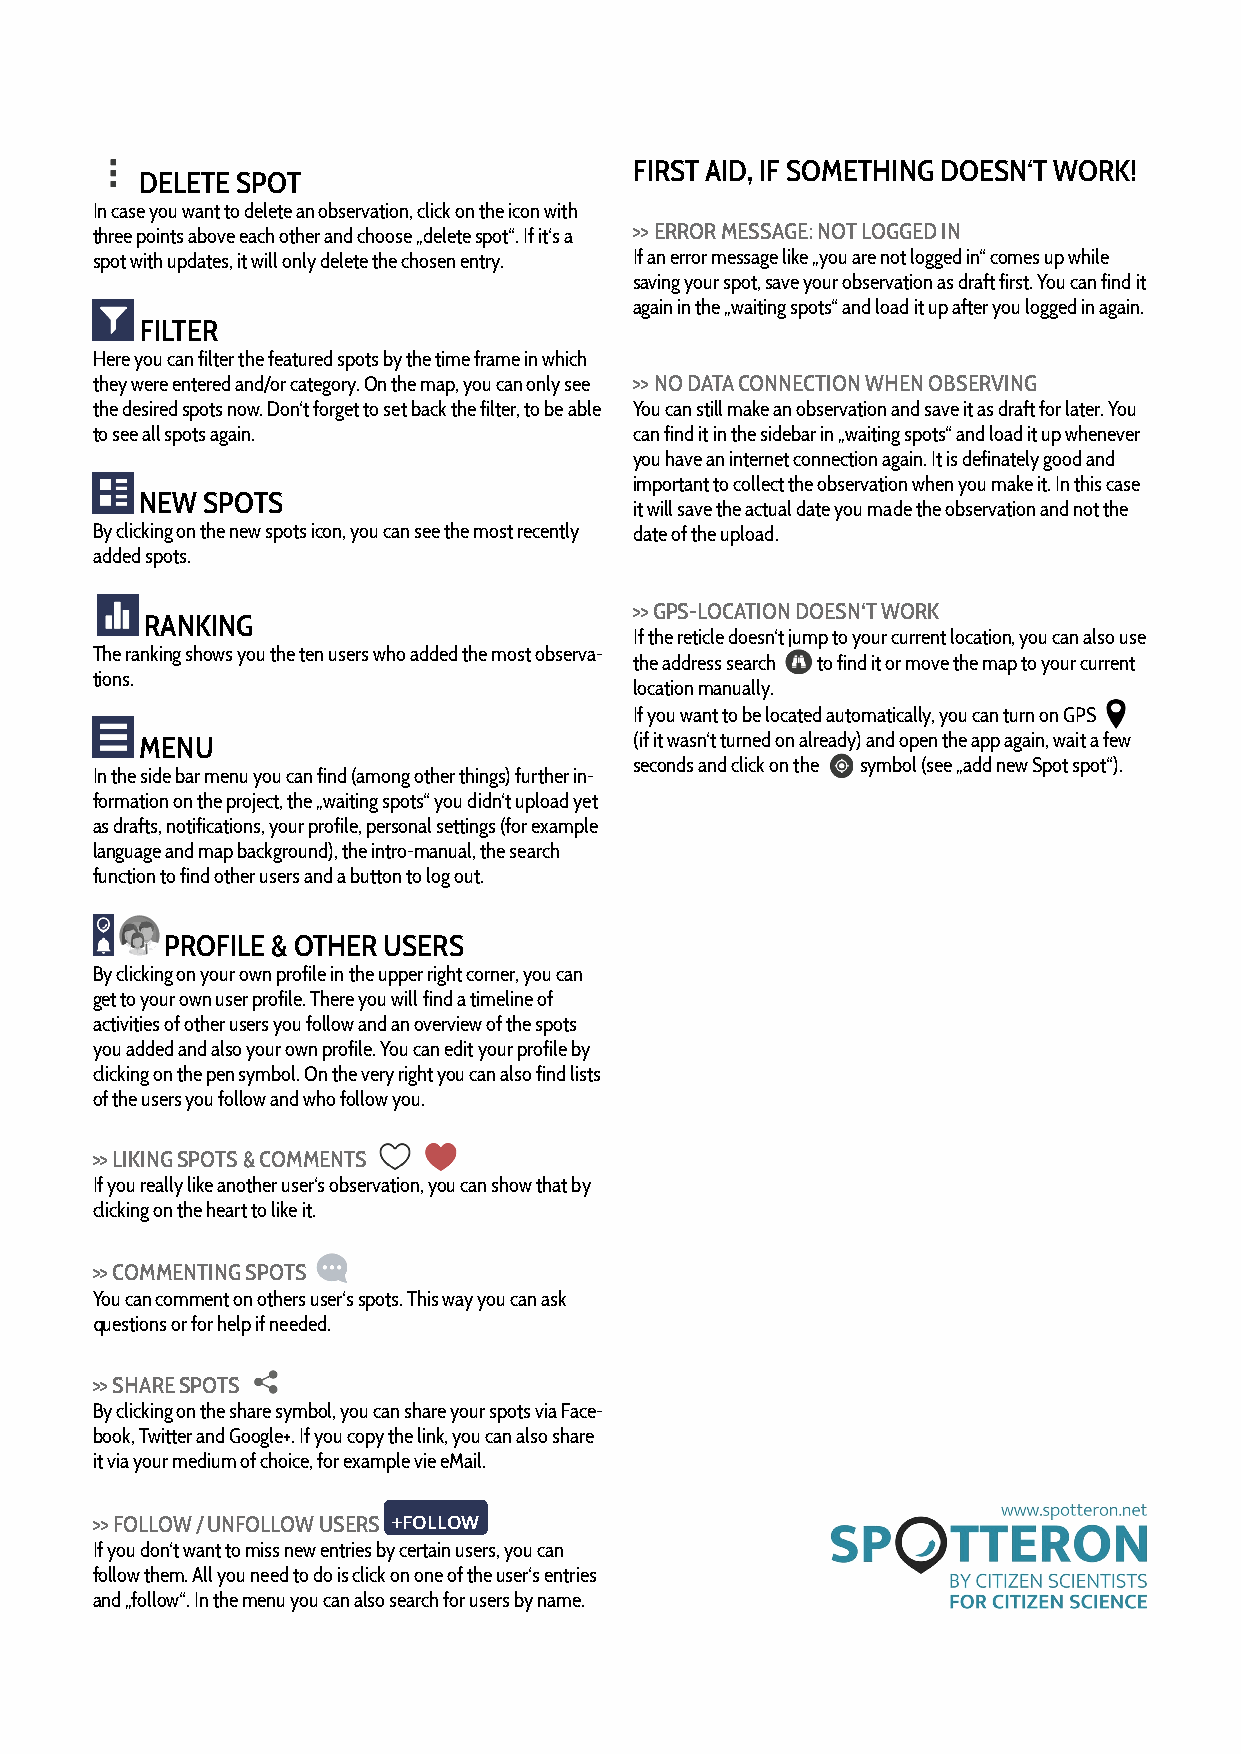
FIRST AID, IF SOMETHING DOESN‘T WORK!
 DELETE SPOT
 In case you want to delete an observation, click on the icon with
 three points above each other and choose „delete spot“. If it‘s a >> ERROR MESSAGE: NOT LOGGED IN
 spot with updates, it will only delete the chosen entry. If an error message like „you are not logged in“ comes up while
 saving your spot, save your observation as draft first. You can find it
 again in the „waiting spots“ and load it up after you logged in again.
 FILTER
 Here you can filter the featured spots by the time frame in which
 they were entered and/or category. On the map, you can only see >> NO DATA CONNECTION WHEN OBSERVING
 the desired spots now. Don‘t forget to set back the filter, to be able You can still make an observation and save it as draft for later. You
 to see all spots again.             can find it in the sidebar in „waiting spots“ and load it up whenever
 you have an internet connection again. It is definately good and
 important to collect the observation when you make it. In this case
 NEW SPOTS
 it will save the actual date you made the observation and not the
 By clicking on the new spots icon, you can see the most recently date of the upload.
 added spots.
 >> GPS-LOCATION DOESN‘T WORK
 RANKING
 If the reticle doesn‘t jump to your current location, you can also use
 The ranking shows you the ten users who added the most observa-
 the address search to find it or move the map to your current
 tions.
 location manually.
 If you want to be located automatically, you can turn on GPS
 MENU                             (if it wasn‘t turned on already) and open the app again, wait a few
 seconds and click on the symbol (see „add new Spot spot“).
 In the side bar menu you can find (among other things) further in-
 formation on the project, the „waiting spots“ you didn‘t upload yet
 as drafts, notifications, your profile, personal settings (for example
 language and map background), the intro-manual, the search
 function to find other users and a button to log out.
 PROFILE & OTHER USERS
 By clicking on your own profile in the upper right corner, you can
 get to your own user profile. There you will find a timeline of
 activities of other users you follow and an overview of the spots
 you added and also your own profile. You can edit your profile by
 clicking on the pen symbol. On the very right you can also find lists
 of the users you follow and who follow you.
 >> LIKING SPOTS & COMMENTS
 If you really like another user‘s observation, you can show that by
 clicking on the heart to like it.
 >> COMMENTING SPOTS
 You can comment on others user‘s spots. This way you can ask
 questions or for help if needed.
 >> SHARE SPOTS
 By clicking on the share symbol, you can share your spots via Face-
 book, Twitter and Google+. If you copy the link, you can also share
 it via your medium of choice, for example vie eMail.
 >> FOLLOW / UNFOLLOW USERS +FOLLOW
 If you don‘t want to miss new entries by certain users, you can
 follow them. All you need to do is click on one of the user‘s entries
 and „follow“. In the menu you can also search for users by name.